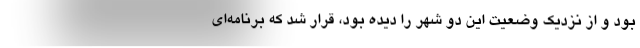
بود و از نزدیک وضعیت این دو شهر را دیده بود، قرار شد که برنامه‌ای